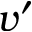
v ^ { \prime }